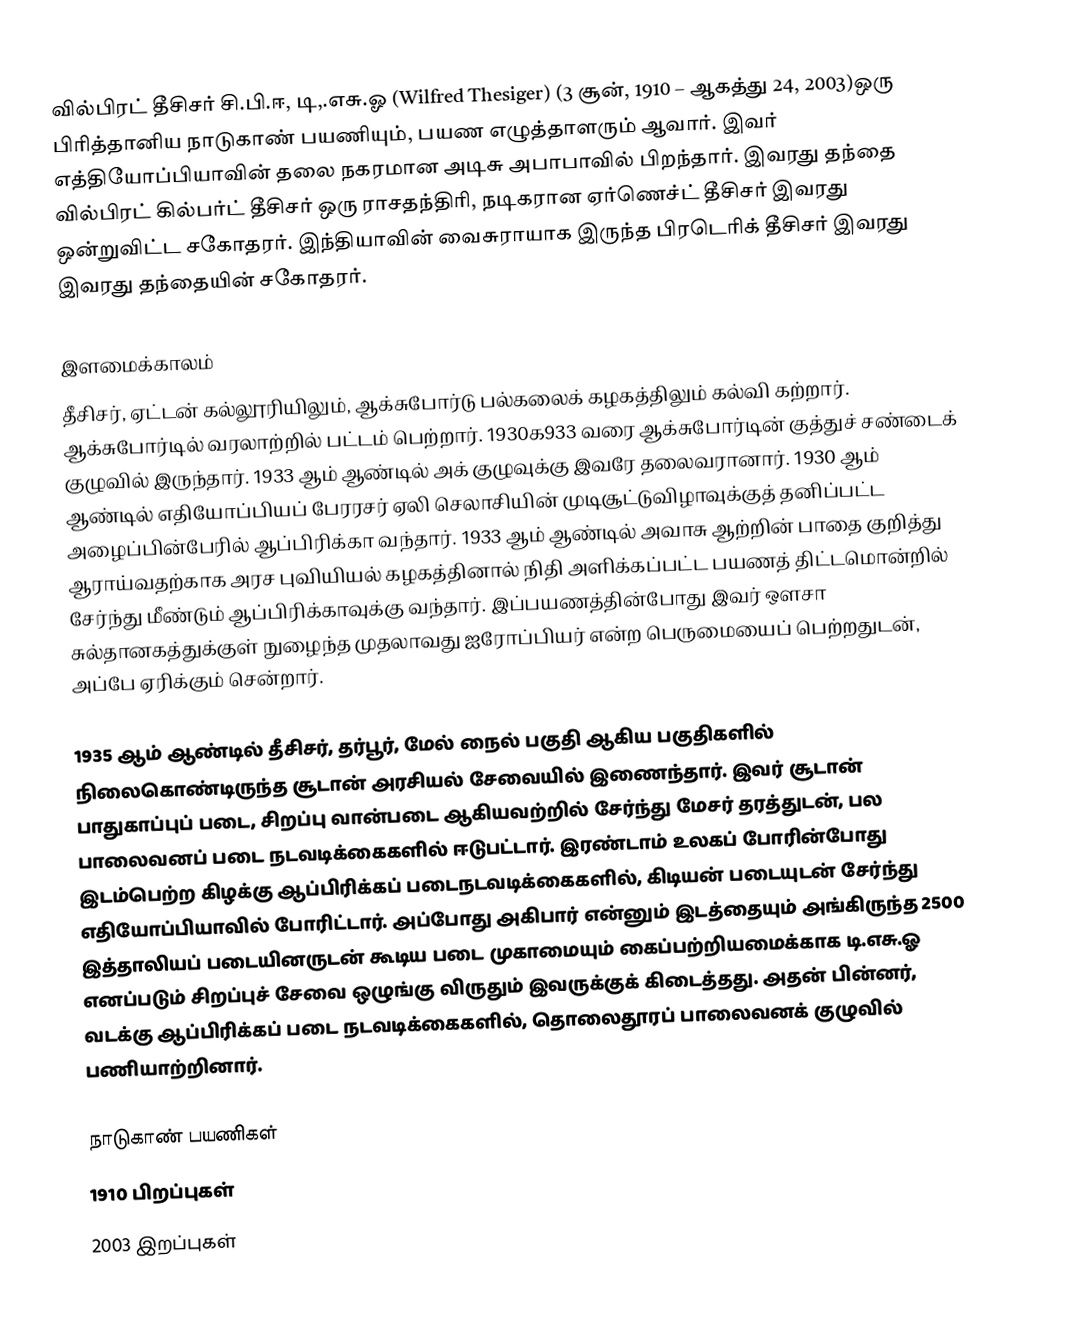
வில்பிரட் தீசிசர் சி.பி.ஈ, டி,.எசு.ஓ (Wilfred Thesiger) (3 சூன், 1910 – ஆகத்து 24, 2003)ஒரு பிரித்தானிய நாடுகாண் பயணியும், பயண எழுத்தாளரும் ஆவார். இவர் எத்தியோப்பியாவின் தலை நகரமான அடிசு அபாபாவில் பிறந்தார். இவரது தந்தை வில்பிரட் கில்பர்ட் தீசிசர் ஒரு ராசதந்திரி, நடிகரான ஏர்ணெச்ட் தீசிசர் இவரது ஒன்றுவிட்ட சகோதரர். இந்தியாவின் வைசுராயாக இருந்த பிரடெரிக் தீசிசர் இவரது இவரது தந்தையின் சகோதரர்.

இளமைக்காலம்
தீசிசர், ஏட்டன் கல்லூரியிலும், ஆக்சுபோர்டு பல்கலைக் கழகத்திலும் கல்வி கற்றார். ஆக்சுபோர்டில் வரலாற்றில் பட்டம் பெற்றார். 1930௧933 வரை ஆக்சுபோர்டின் குத்துச் சண்டைக் குழுவில் இருந்தார். 1933 ஆம் ஆண்டில் அக் குழுவுக்கு இவரே தலைவரானார். 1930 ஆம் ஆண்டில் எதியோப்பியப் பேரரசர் ஏலி செலாசியின் முடிசூட்டுவிழாவுக்குத் தனிப்பட்ட அழைப்பின்பேரில் ஆப்பிரிக்கா வந்தார். 1933 ஆம் ஆண்டில் அவாசு ஆற்றின் பாதை குறித்து ஆராய்வதற்காக அரச புவியியல் கழகத்தினால் நிதி அளிக்கப்பட்ட பயணத் திட்டமொன்றில் சேர்ந்து மீண்டும் ஆப்பிரிக்காவுக்கு வந்தார். இப்பயணத்தின்போது இவர் ஔசா சுல்தானகத்துக்குள் நுழைந்த முதலாவது ஐரோப்பியர் என்ற பெருமையைப் பெற்றதுடன், அப்பே ஏரிக்கும் சென்றார்.

1935 ஆம் ஆண்டில் தீசிசர், தர்பூர், மேல் நைல் பகுதி ஆகிய பகுதிகளில் நிலைகொண்டிருந்த சூடான் அரசியல் சேவையில் இணைந்தார். இவர் சூடான் பாதுகாப்புப் படை, சிறப்பு வான்படை ஆகியவற்றில் சேர்ந்து மேசர் தரத்துடன், பல பாலைவனப் படை நடவடிக்கைகளில் ஈடுபட்டார். இரண்டாம் உலகப் போரின்போது இடம்பெற்ற கிழக்கு ஆப்பிரிக்கப் படைநடவடிக்கைகளில், கிடியன் படையுடன் சேர்ந்து எதியோப்பியாவில் போரிட்டார். அப்போது அகிபார் என்னும் இடத்தையும் அங்கிருந்த 2500 இத்தாலியப் படையினருடன் கூடிய படை முகாமையும் கைப்பற்றியமைக்காக டி.எசு.ஓ எனப்படும் சிறப்புச் சேவை ஒழுங்கு விருதும் இவருக்குக் கிடைத்தது. அதன் பின்னர், வடக்கு ஆப்பிரிக்கப் படை நடவடிக்கைகளில், தொலைதூரப் பாலைவனக் குழுவில் பணியாற்றினார்.

நாடுகாண் பயணிகள்
1910 பிறப்புகள்
2003 இறப்புகள்